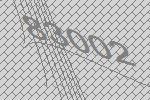
83002